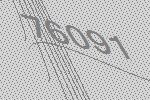
76091